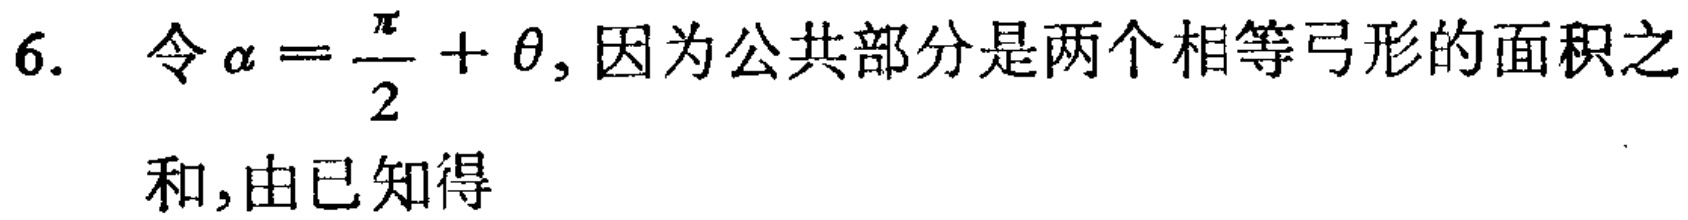
6. 令\(\alpha = \frac{\pi}{2}+\theta\), 因为公共部分是两个相等弓形的面积之
和,由已知得